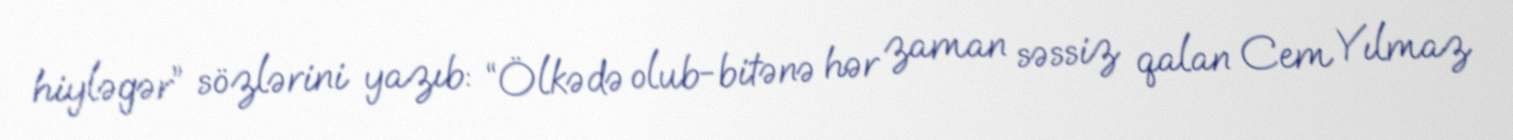
hiyləgər” sözlərini yazıb: “Ölkədə olub-bitənə hər zaman səssiz qalan Cem Yılmaz